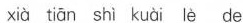
xià tān shì kuài lè de